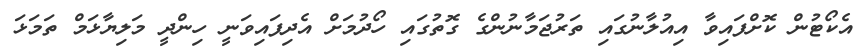
އެކޯޓުން ކޮށްފައިވާ އިއުލާނުގައި ތަރުޖަމާނުންގެ ގޮތުގައި ހޯދުމަށް އެދިފައިވަނީ ހިންދީ މަލިޔާޅަމް ތަމަޅަ